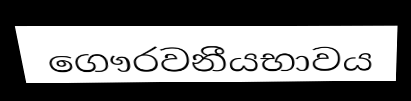
ගෞරවනීයභාවය